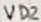
Text: VD2